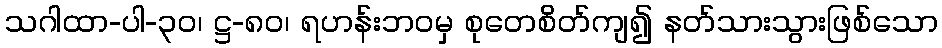
သဂါထာ-ပါ-၃၀၊ ဋ္ဌ-၈၀၊ ရဟန်းဘဝမှ စုတေစိတ်ကျ၍ နတ်သားသွားဖြစ်သော